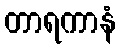
တာရကာနံ